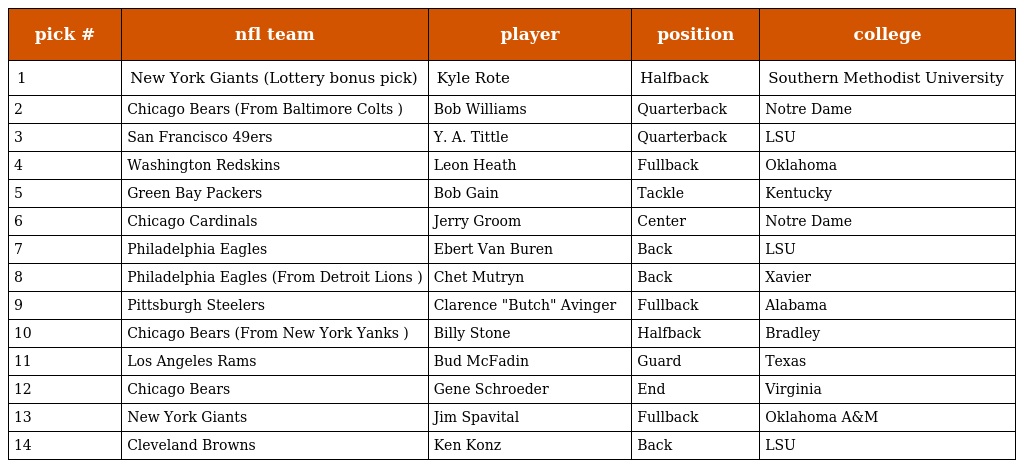
| pick # | nfl team | player | position | college |
 | --- | --- | --- | --- | --- |
 | 1 | New York Giants (Lottery bonus pick) | Kyle Rote | Halfback | Southern Methodist University |
 | 2 | Chicago Bears (From Baltimore Colts ) | Bob Williams | Quarterback | Notre Dame |
 | 3 | San Francisco 49ers | Y. A. Tittle | Quarterback | LSU |
 | 4 | Washington Redskins | Leon Heath | Fullback | Oklahoma |
 | 5 | Green Bay Packers | Bob Gain | Tackle | Kentucky |
 | 6 | Chicago Cardinals | Jerry Groom | Center | Notre Dame |
 | 7 | Philadelphia Eagles | Ebert Van Buren | Back | LSU |
 | 8 | Philadelphia Eagles (From Detroit Lions ) | Chet Mutryn | Back | Xavier |
 | 9 | Pittsburgh Steelers | Clarence "Butch" Avinger | Fullback | Alabama |
 | 10 | Chicago Bears (From New York Yanks ) | Billy Stone | Halfback | Bradley |
 | 11 | Los Angeles Rams | Bud McFadin | Guard | Texas |
 | 12 | Chicago Bears | Gene Schroeder | End | Virginia |
 | 13 | New York Giants | Jim Spavital | Fullback | Oklahoma A&M |
 | 14 | Cleveland Browns | Ken Konz | Back | LSU |